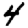
Digit: 4